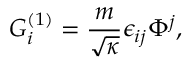
G _ { i } ^ { ( 1 ) } = \frac { m } { \sqrt { \kappa } } \epsilon _ { i j } \Phi ^ { j } ,